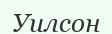
Уилсон